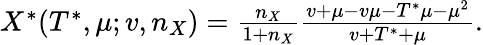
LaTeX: \begin{array}{r}{X^{\ast}(T^{\ast},\mu;v,n_{X})=\frac{n_{X}}{1+n_{X}}\frac{v+\mu-v\mu-T^{\ast}\mu-\mu^{2}}{v+T^{\ast}+\mu}.}\end{array}